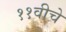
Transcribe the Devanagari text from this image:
११वीचे